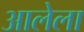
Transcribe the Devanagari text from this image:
अालेला